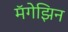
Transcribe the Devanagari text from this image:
मॅगेझिन